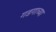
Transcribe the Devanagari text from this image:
गडगाच्या